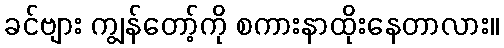
ခင်ဗျား ကျွန်တော့်ကို စကားနာထိုးနေတာလား။